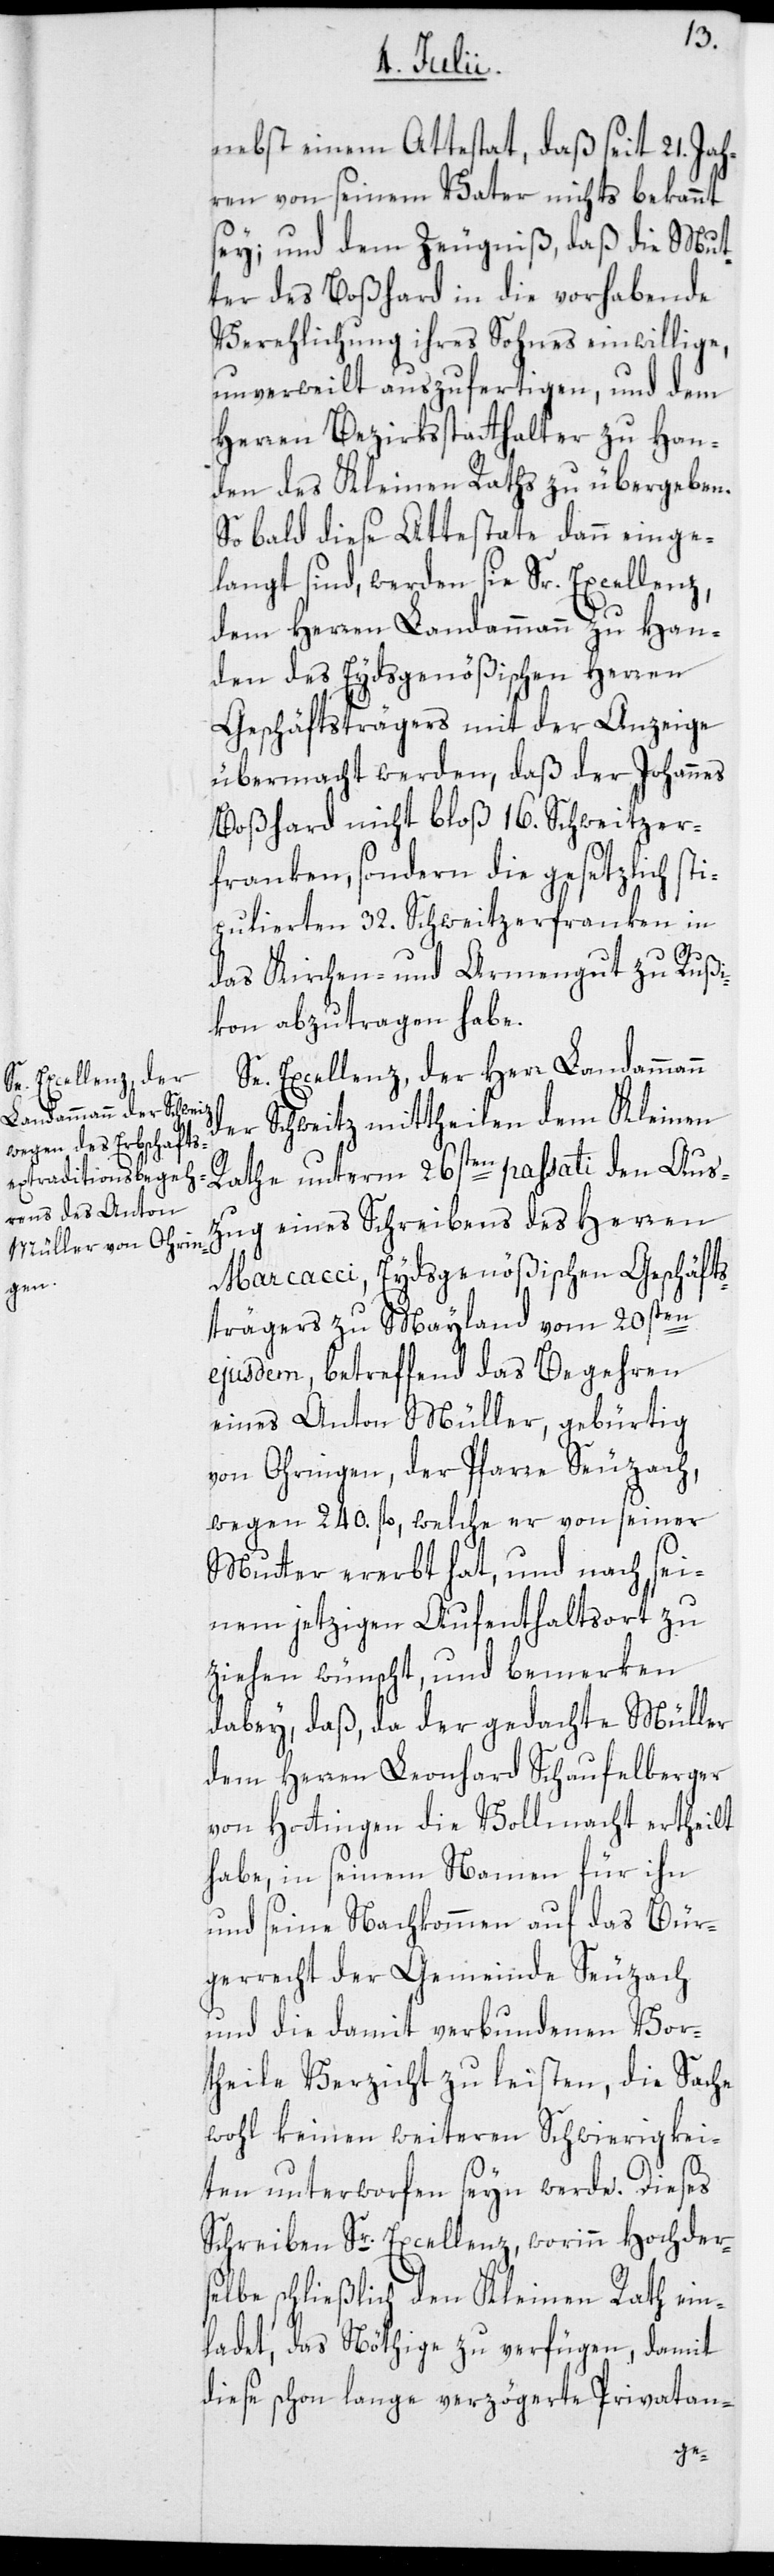
nebst einem Attestat, daß seit 21. Jah¬
ren von seinem Vater nichts bekannt
sey; und dem Zeugniß, daß die Mut¬
ter des Boßhard in die vorhabende
Verehelichung ihres Sohnes einwillige,
unverweilt auszufertigen, und dem
Herren Bezirksstatthalter zu Han¬
den des Kleinen Raths zu übergeben.
So bald diese Attestate dann einge¬
langt sind, werden sie Sr. Excellenz,
dem Herren Landammann zu Han¬
den des Eydsgenößischen Herren
Geschäftsträgers mit der Anzeige
übermacht werden, daß der Johannes
Boßhard nicht bloß 16. Schweitzer¬
franken, sondern die gesetzlich st¬
ipulierten 32. Schweitzerfranken in
das Kirchen- und Armengut zu Rußi¬
kon abzutragen habe.
Se. Excellenz, der Herr Landammann
der Schweitz mittheilen dem Kleinen
Rathe unterm 26sten passati den Aus¬
zug eines Schreibens des Herren
Marcacci, Eydsgenößischen Geschäft¬
strägers zu Mayland vom 20sten
ejusdem, betreffend das Begehren
eines Anton Müller, gebürtig
von Ohringen, der Pfarre Seuzach,
wegen 240. fl., welche er von seiner
Mutter ererbt hat, und nach sei¬
nem jetzigen Aufenthaltsort zu
ziehen wünscht; und bemerken
dabey, daß, da der gedachte Müller
dem Herren Leonhard Schaufelberger
von Hottingen die Vollmacht ertheilt
habe, in seinem Namen für ihn
und seine Nachkommen auf das Bür¬
gerrecht der Gemeinde Seuzach
und die damit verbundenen Vor¬
theile Verzicht zu leisten, die Sache
wohl keinen weiteren Schwierigkei¬
ten unterworfen seyn werde. Dieses
Schreiben Sr. Excellenz, worinn Hochders¬
elbe schließlich den Kleinen Rath ein¬
ladet, das Nöthige zu verfügen, damit
diese schon lange verzögerte Privatan-